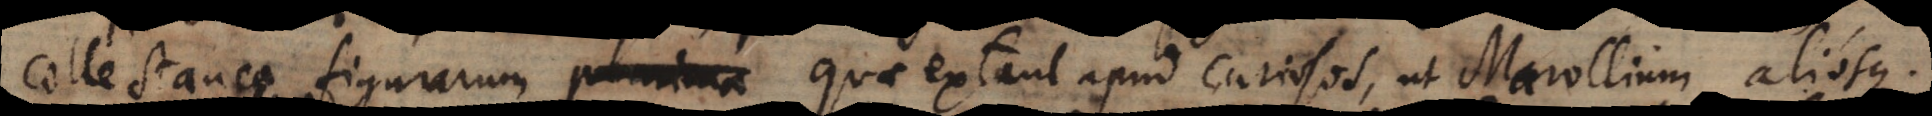
collectanea figurarum plurima quae extant apud curiosos, ut Marollium aliosque.